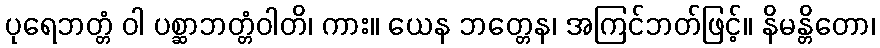
ပုရေဘတ္တံ ဝါ ပစ္ဆာဘတ္တံဝါတိ၊ ကား။ ယေန ဘတ္တေန၊ အကြင်ဘတ်ဖြင့်။ နိမန္တိတော၊